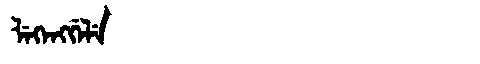
Manchu: ᠯᡝᡴᡝᠩᡤᡝᠯᡝ
Romanization: LEKENGGELE